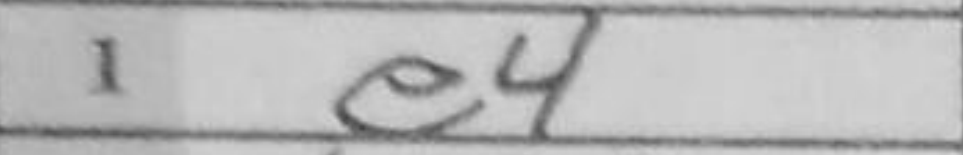
Transcription: e4